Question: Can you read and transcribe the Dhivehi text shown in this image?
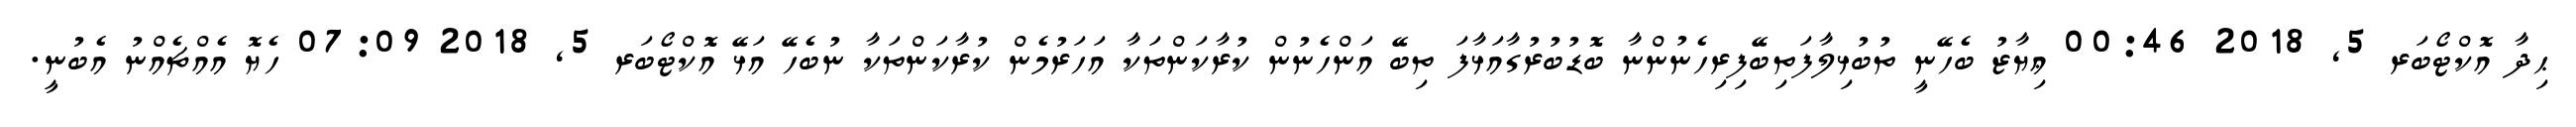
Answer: ޙިދާ އޮކްޓޯބަރ 5, 2018 00:46 ޢިޔާޒު ބެހޭނީ ތުބުޅިލާފަތިބޭފިރިހެނުންނާ ބޮޑުބުރުގާއަޅާފަ ތިބޭ އަންހެނުން ކުރާކަންތަކާ އަހަރުމެން ކުރާކަންތަކާ ނުބެހޭ އަޅޭ އޮކްޓޯބަރ 5, 2018 07:09 ހެޔޮ އެއްޗެއްނު އެބުނީ.